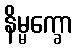
နိမ္မက္ခော